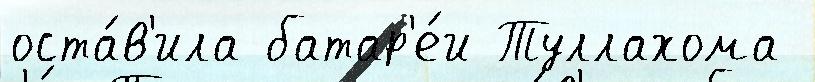
оста́в'ила батар'е́и Туллахома